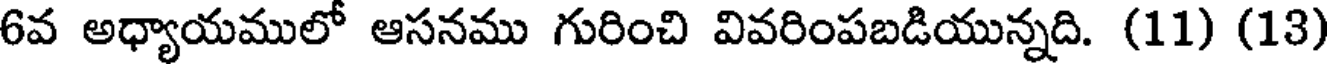
6వ అధ్యాయములో ఆసనము గురించి వివరింపబడియున్నది. (11) (13)